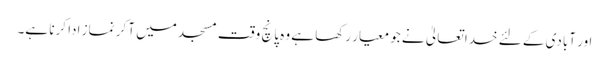
اور آبادی کے لئے خدا تعالیٰ نے جو معیار رکھا ہے وہ پانچ وقت مسجد میں آ کر نماز ادا کرنا ہے۔